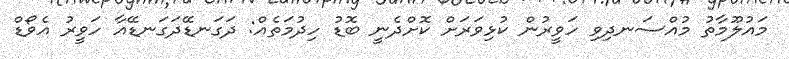
މައުލޫމާތު މުއްސަނދިވި ހަވީރުން ކުޅިވަރަށް ކޮށްދެނީ ބޮޑު ހިދުމަތެއް: ދަގަނޑޭދަގަނޑޭއާ ހަވީރު އެވޯޑް